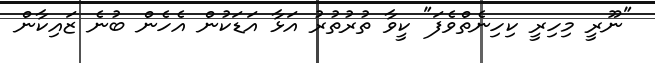
"ނޫރީ މިހިރީ ކިހިނެތްވެފަ" ކީވާ ތުރުތުރު އަޅާ އަޑަކުން އެހެން ބުނެ ޒައިކާން